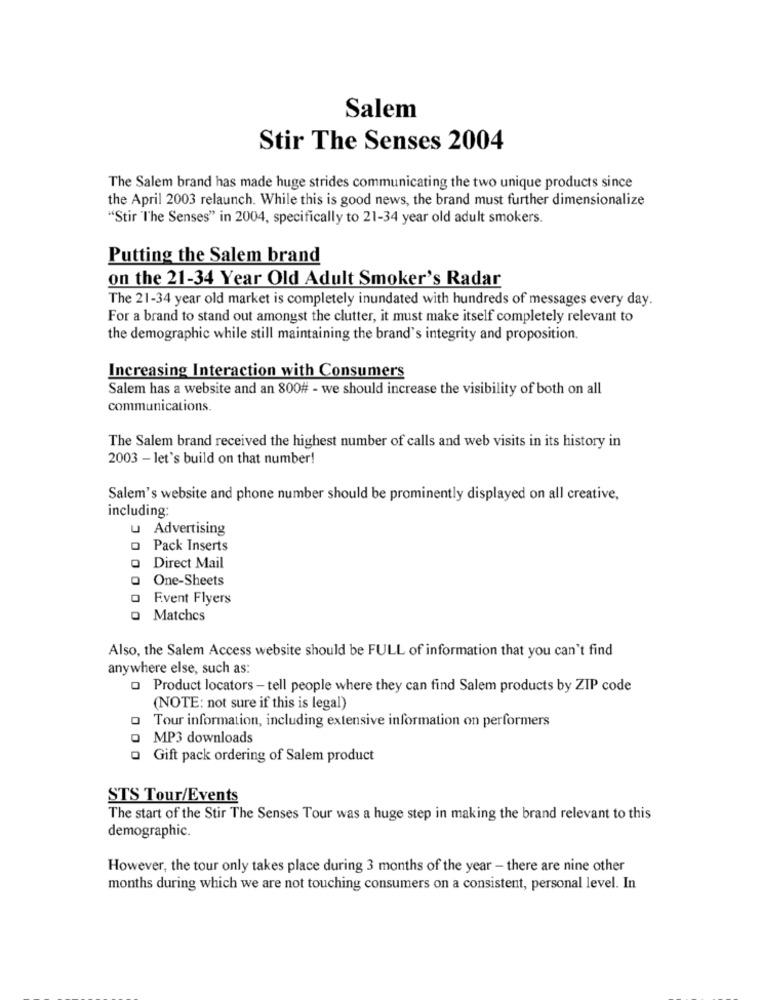
Salem
Stir The Senses 2004
The Salem brand has made huge strides communicating the two unique products since
the April 2003 relaunch. While this is good news, the brand must further dimensionalize
"Stir "The Senses" in 2004, specifically to 21-34 year old adult smokers.
Putting the Salem brand
on the 21-34 Year Old Adult Smoker's Radar
The 21-34 year old market is completely inundated with hundreds of messages every day.
For a brand to stand out amongst the clutter, it must make itself completely relevant to
the demographic while still maintaining the brand's integrity and proposition.
Increasing Interaction with Consumers
Salem has a website and an 800# - we should increase the visibility of both on all
communications.
The Salem brand received the highest number of calls and web visits in its history in
2003 - let's build on that number!
Salem's website and phone number should be prominently displayed on all creative,
including:
u Advertising
Pack Inserts
Direct Mail
One-Sheets
o Event Flyers
o Matches
Also, the Salem Access website should be FULL of information that you can't find
anywhere else, such as:
Product locators - tell people where they can find Salem products by ZIP code
(NOTE: not sure if this is legal)
Tour information, including extensive information on performers
MP3 downloads
· Gift pack ordering of Salem product
STS Tour/Events
The start of the Stir The Senses Tour was a huge step in making the brand relevant to this
demographic.
However, the tour only takes place during 3 months of the year - there are nine other
months during which we are not touching consumers on a consistent, personal level. In